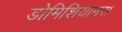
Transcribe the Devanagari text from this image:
डोमिशियानस